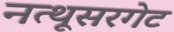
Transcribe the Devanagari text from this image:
नत्थूसरगेट